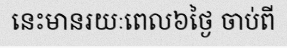
នេះមានរយៈពេល៦ថ្ងៃ ចាប់ពី